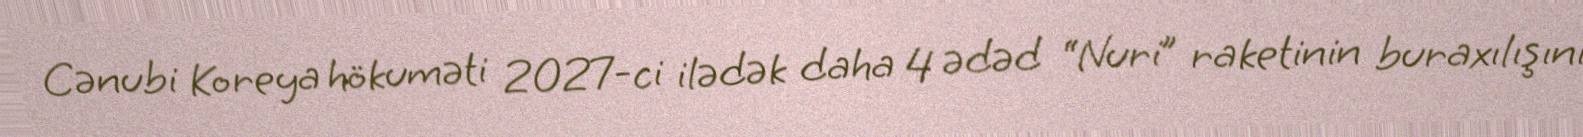
Cənubi Koreya hökuməti 2027-ci ilədək daha 4 ədəd “Nuri” raketinin buraxılışını